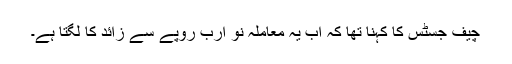
چیف جسٹس کا کہنا تھا کہ اب یہ معاملہ نو ارب روپے سے زائد کا لگتا ہے۔